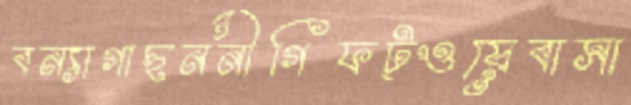
বন্যাগাছননীগিফট্ওয়েবাসা